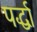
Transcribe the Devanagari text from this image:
पर्द्धा